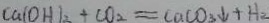
C a ( O H ) _ { 2 } + C O _ { 2 } = C a C O _ { 3 } \downarrow + H _ { 2 }